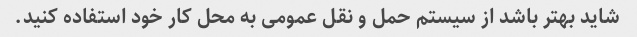
شاید بهتر باشد از سیستم حمل و نقل عمومی به محل کار خود استفاده کنید.